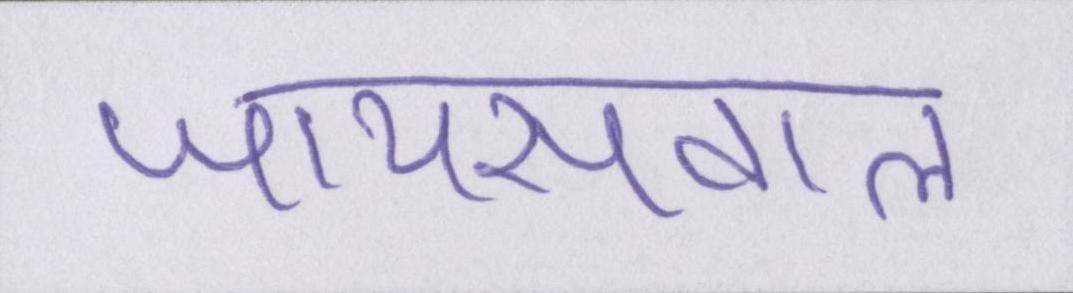
जायसवाल